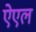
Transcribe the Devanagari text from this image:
ऐएल